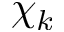
\chi _ { k }